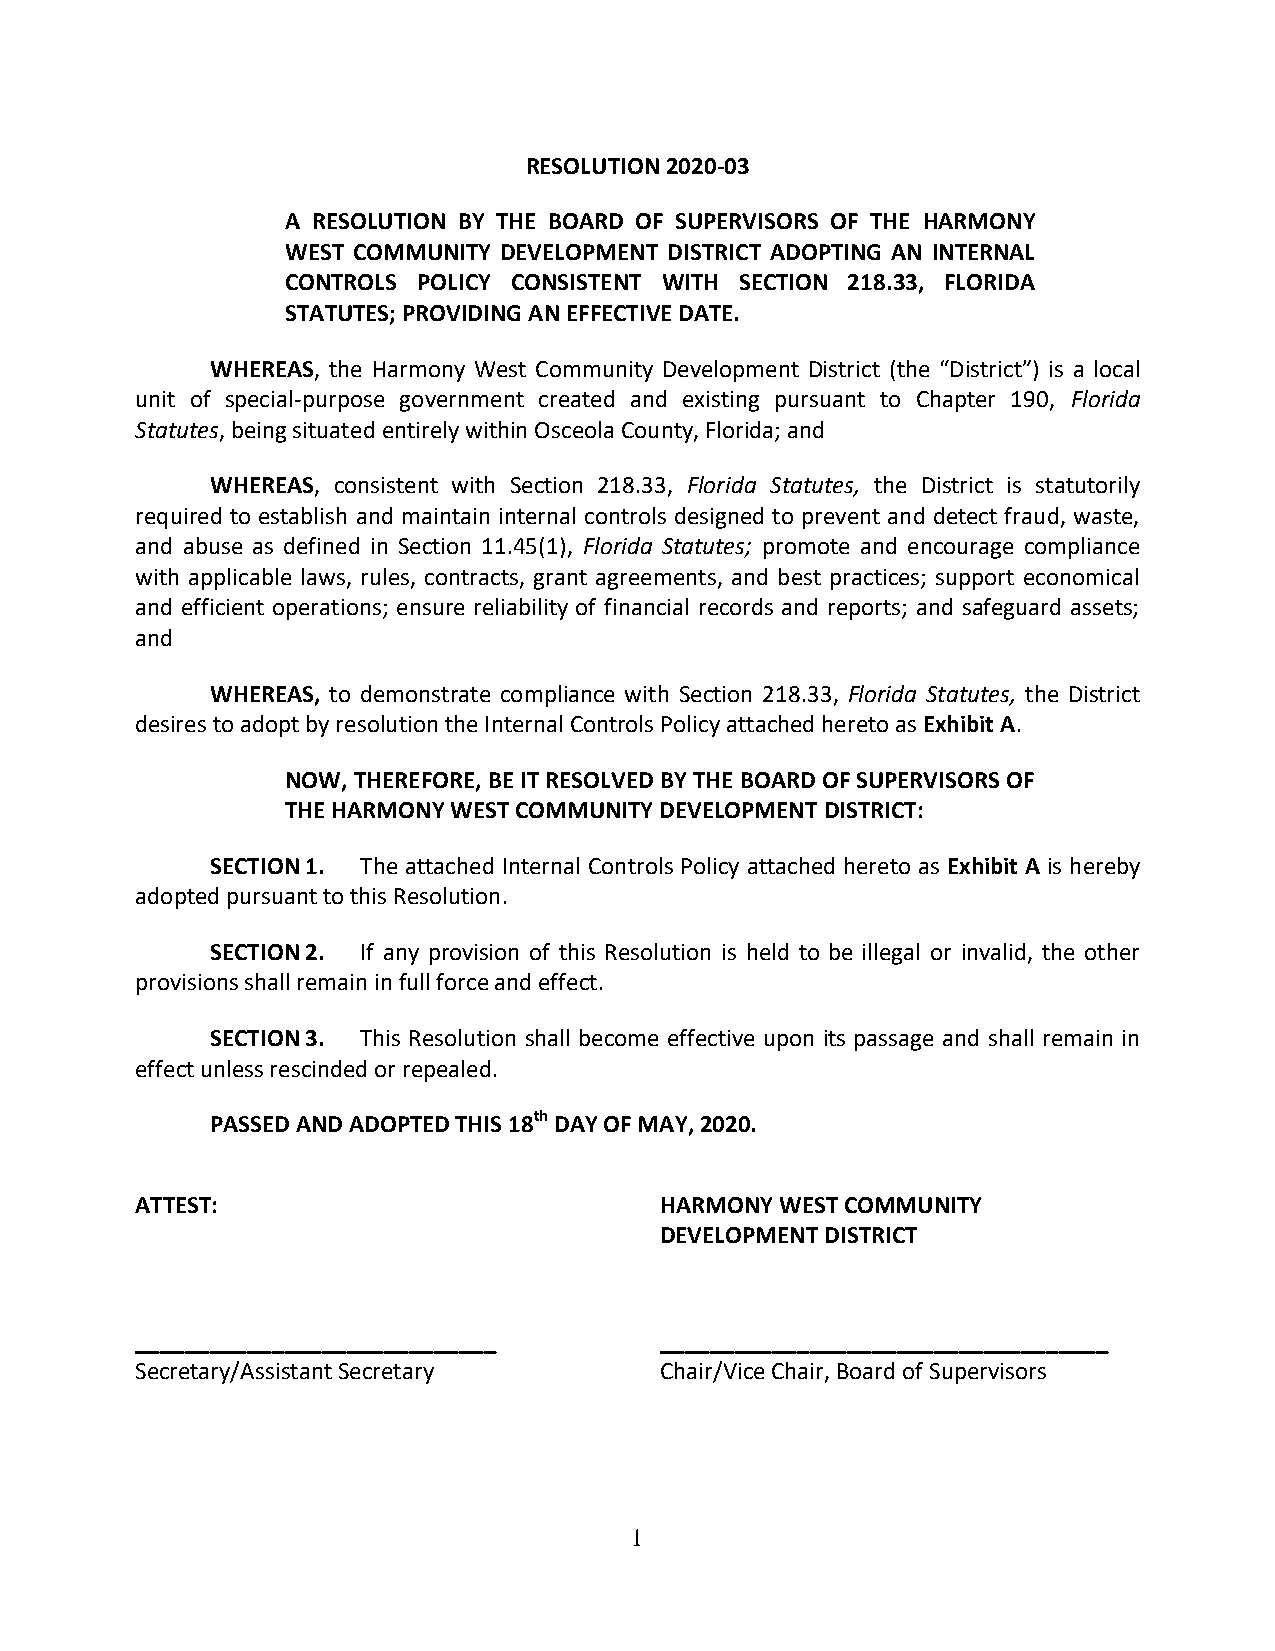
RESOLUTION 2020-03
 A RESOLUTION BY THE BOARD OF SUPERVISORS OF THE HARMONY
 WEST COMMUNITY DEVELOPMENT DISTRICT ADOPTING AN INTERNAL
 CONTROLS POLICY CONSISTENT WITH SECTION 218.33, FLORIDA
 STATUTES; PROVIDING AN EFFECTIVE DATE.
 WHEREAS, the Harmony West Community Development District (the “District”) is a local
 unit of special-purpose government created and existing pursuant to Chapter 190, Florida
 Statutes, being situated entirely within Osceola County, Florida; and
 WHEREAS, consistent with Section 218.33, Florida Statutes, the District is statutorily
 required to establish and maintain internal controls designed to prevent and detect fraud, waste,
 and abuse as defined in Section 11.45(1), Florida Statutes; promote and encourage compliance
 with applicable laws, rules, contracts, grant agreements, and best practices; support economical
 and efficient operations; ensure reliability of financial records and reports; and safeguard assets;
 and
 WHEREAS, to demonstrate compliance with Section 218.33, Florida Statutes, the District
 desires to adopt by resolution the Internal Controls Policy attached hereto as Exhibit A.
 NOW, THEREFORE, BE IT RESOLVED BY THE BOARD OF SUPERVISORS OF
 THE HARMONY WEST COMMUNITY DEVELOPMENT DISTRICT:
 SECTION 1. The attached Internal Controls Policy attached hereto as Exhibit A is hereby
 adopted pursuant to this Resolution.
 SECTION 2. If any provision of this Resolution is held to be illegal or invalid, the other
 provisions shall remain in full force and effect.
 SECTION 3. This Resolution shall become effective upon its passage and shall remain in
 effect unless rescinded or repealed.
 PASSED AND ADOPTED THIS 18th DAY OF MAY, 2020.
 ATTEST:                            HARMONY WEST COMMUNITY
 DEVELOPMENT DISTRICT
 _____________________________      ____________________________________
 Secretary/Assistant Secretary      Chair/Vice Chair, Board of Supervisors
 1